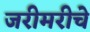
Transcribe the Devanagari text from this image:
जरीमरीचे